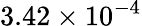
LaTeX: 3.42\times 10^{-4}